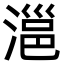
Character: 㴩